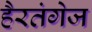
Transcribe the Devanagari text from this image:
हैरतंगेज